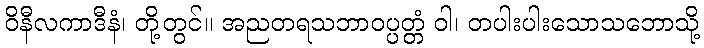
ဝိနီလကာဒီနံ၊ တို့တွင်။ အညတရသဘာဝပ္ပတ္တံ ဝါ၊ တပါးပါးသောသဘောသို့